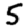
Digit: 5